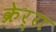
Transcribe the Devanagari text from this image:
क्रेर्रा